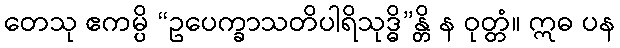
တေသု ဧကမ္ပိ “ဥပေက္ခာသတိပါရိသုဒ္ဓိ”န္တိ န ဝုတ္တံ။ ဣဓ ပန